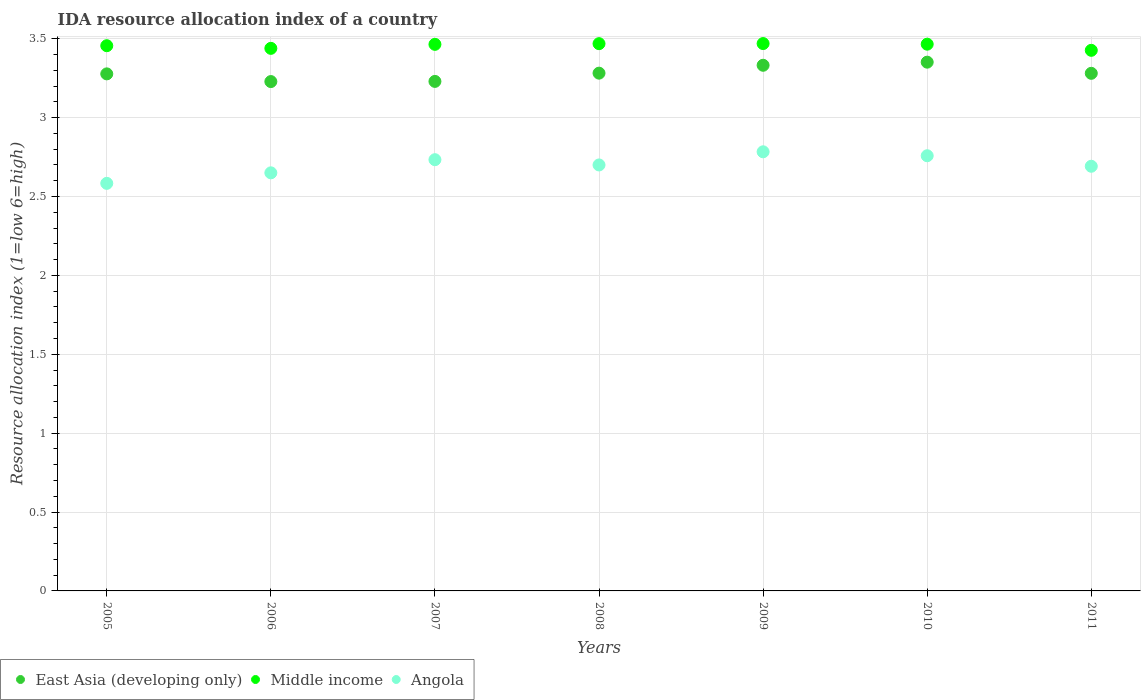
| Years | East Asia (developing only) | Middle income | Angola |
 | --- | --- | --- | --- |
 | 2005 | 3.28 | 3.46 | 2.58 |
 | 2006 | 3.23 | 3.44 | 2.65 |
 | 2007 | 3.23 | 3.46 | 2.73 |
 | 2008 | 3.28 | 3.47 | 2.7 |
 | 2009 | 3.33 | 3.47 | 2.78 |
 | 2010 | 3.35 | 3.47 | 2.76 |
 | 2011 | 3.28 | 3.43 | 2.69 |